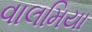
વાલમિયા